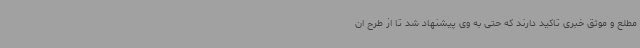
مطلع و موثق خبری تاکید دارند که حتی به وی پیشنهاد شد تا از طرح ان